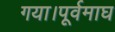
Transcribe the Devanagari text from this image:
गया।पूर्वमाघ